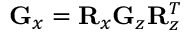
{ \bf G } _ { x } = { \bf R } _ { x } { \bf G } _ { z } { \bf R } _ { z } ^ { T }